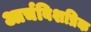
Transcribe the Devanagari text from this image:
आर्चबिशप्रिक